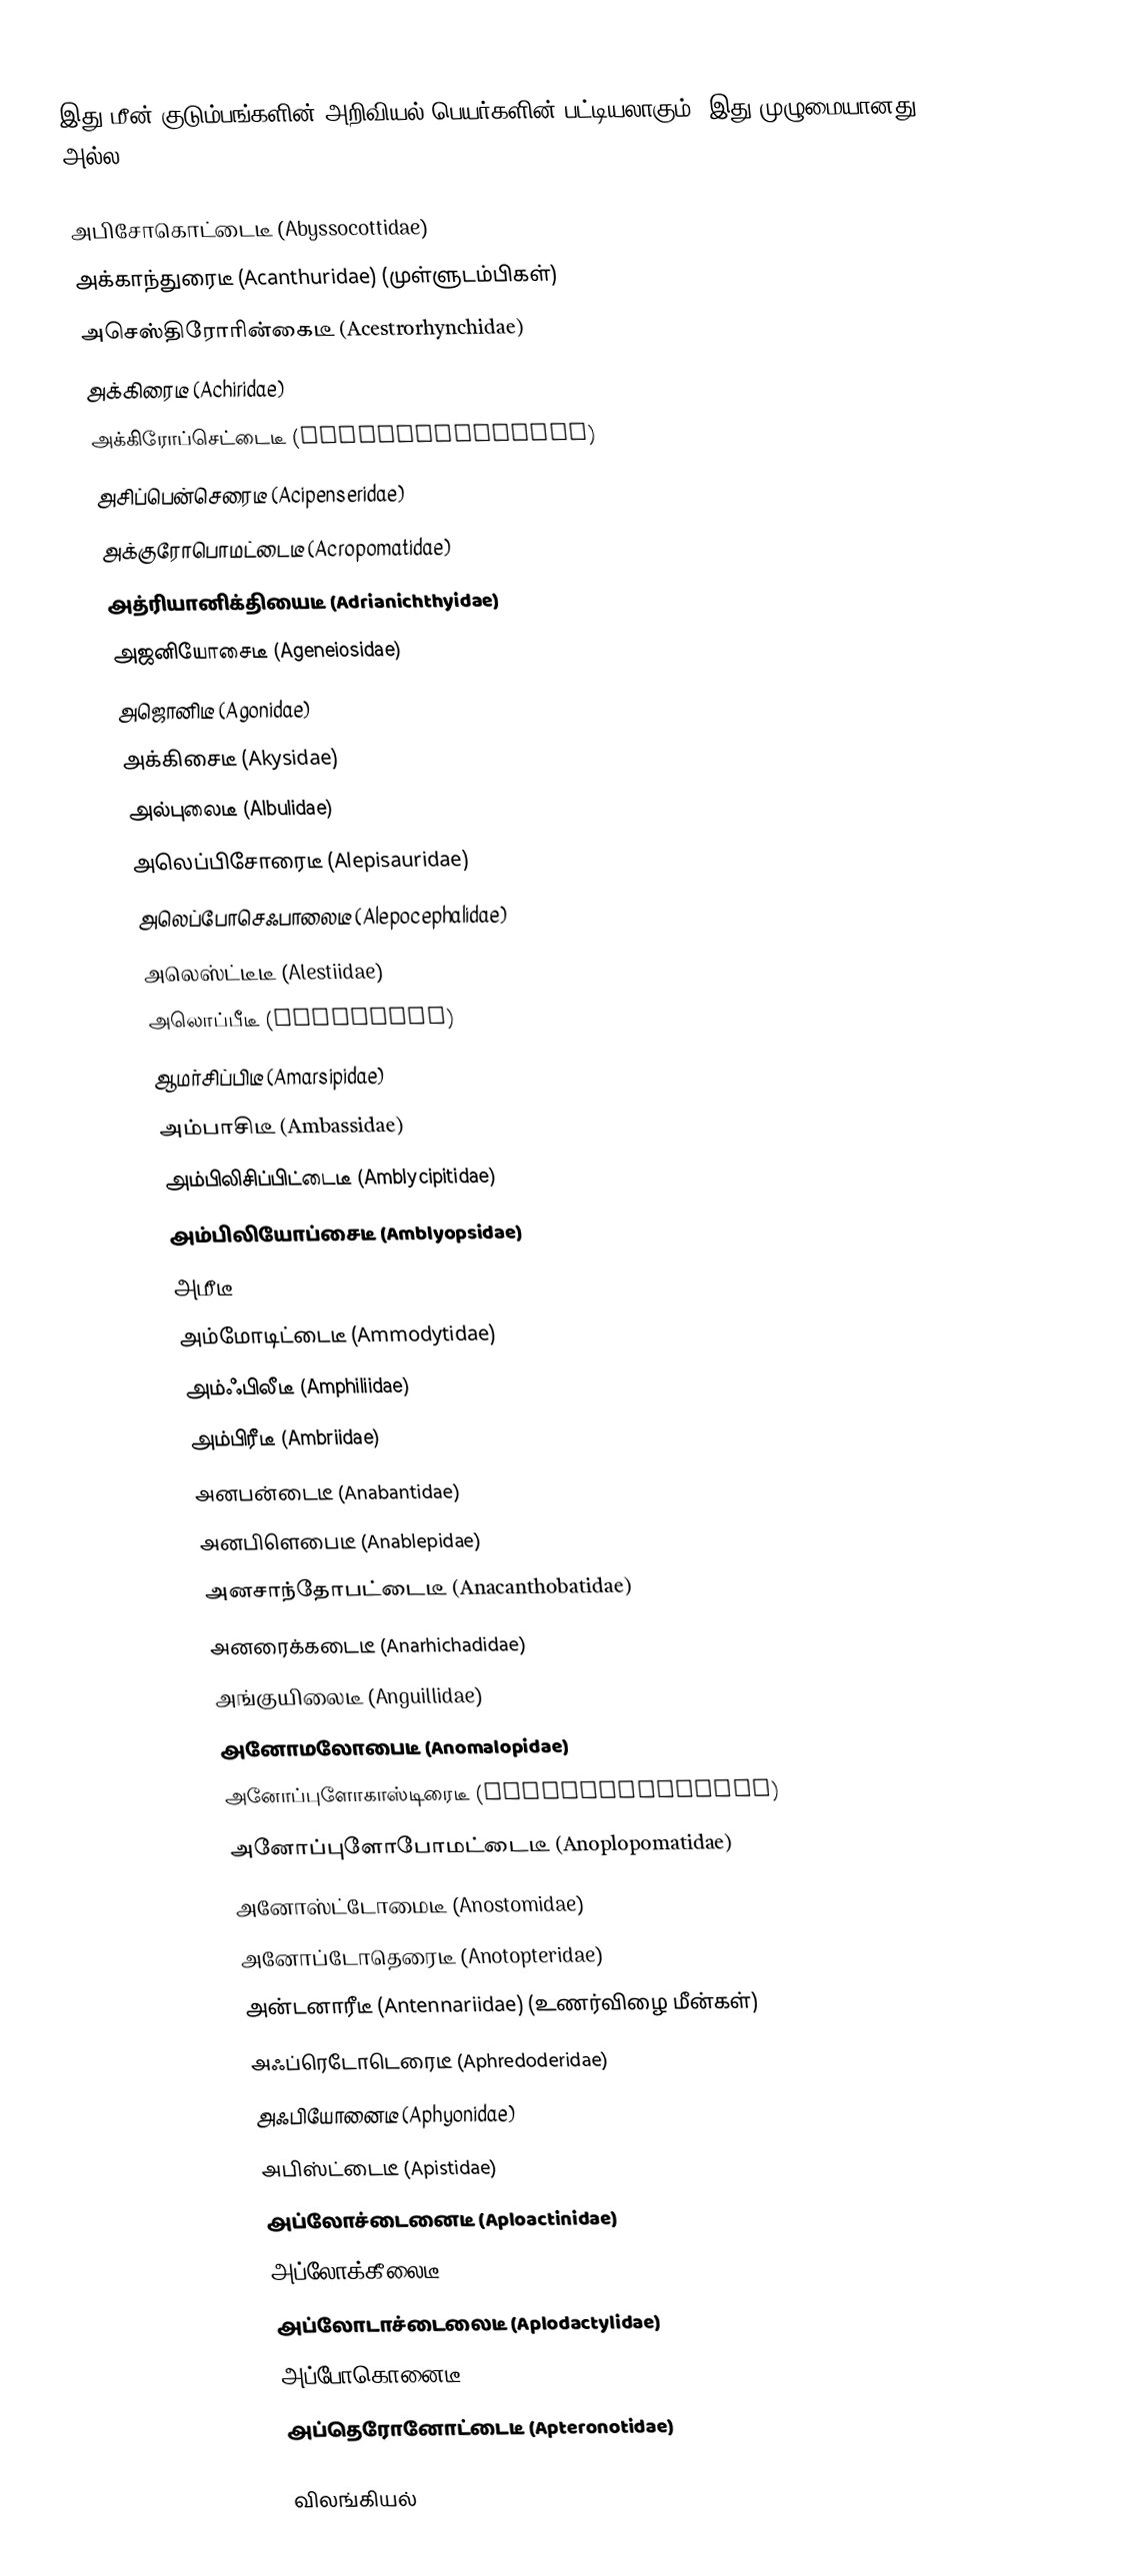
இது மீன் குடும்பங்களின் அறிவியல் பெயர்களின் பட்டியலாகும். இது முழுமையானது அல்ல.

 அபிசோகொட்டைடீ (Abyssocottidae)
 அக்காந்துரைடீ (Acanthuridae) (முள்ளுடம்பிகள்)
 அசெஸ்திரோரின்கைடீ (Acestrorhynchidae)
 அக்கிரைடீ (Achiridae)
 அக்கிரோப்செட்டைடீ (Achiropsettidae)
 அசிப்பென்செரைடீ (Acipenseridae)
 அக்குரோபொமட்டைடீ (Acropomatidae)
 அத்ரியானிக்தியைடீ (Adrianichthyidae)
 அஜனியோசைடீ (Ageneiosidae)
 அஜொனிடீ (Agonidae)
 அக்கிசைடீ (Akysidae)
 அல்புலைடீ (Albulidae)
 அலெப்பிசோரைடீ (Alepisauridae)
 அலெப்போசெஃபாலைடீ (Alepocephalidae)
 அலெஸ்ட்டீடீ (Alestiidae)
 அலொப்பீடீ (Alopiidae)
 ஆமர்சிப்பிடீ (Amarsipidae)
 அம்பாசிடீ (Ambassidae)
 அம்பிலிசிப்பிட்டைடீ (Amblycipitidae)
 அம்பிலியோப்சைடீ (Amblyopsidae)
 அமீடீ (Amiidae)
 அம்மோடிட்டைடீ (Ammodytidae)
 அம்ஃபிலீடீ (Amphiliidae)
 அம்பிரீடீ (Ambriidae)
 அனபன்டைடீ (Anabantidae)
 அனபிளெபைடீ (Anablepidae)
 அனசாந்தோபட்டைடீ (Anacanthobatidae)
 அனரைக்கடைடீ (Anarhichadidae)
 அங்குயிலைடீ (Anguillidae)
 அனோமலோபைடீ (Anomalopidae)
 அனோப்புளோகாஸ்டிரைடீ (Anoplogastridae)
 அனோப்புளோபோமட்டைடீ (Anoplopomatidae)
 அனோஸ்ட்டோமைடீ (Anostomidae)
 அனோப்டோதெரைடீ (Anotopteridae)
 அன்டனாரீடீ (Antennariidae) (உணர்விழை மீன்கள்)
 அஃப்ரெடோடெரைடீ (Aphredoderidae)
 அஃபியோனைடீ (Aphyonidae)
 அபிஸ்ட்டைடீ (Apistidae)
 அப்லோச்டைனைடீ (Aploactinidae)
 அப்லோக்கீலைடீ (Aplocheilidae)
 அப்லோடாச்டைலைடீ (Aplodactylidae)
 அப்போகொனைடீ (Apogonidae)
 அப்தெரோனோட்டைடீ (Apteronotidae)

விலங்கியல்